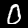
Label: 0